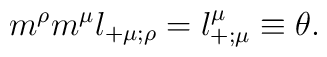
{m}^\rho {m}^\mu l_{+\mu;\rho}=l^\mu_{+;\mu}\equiv\theta.